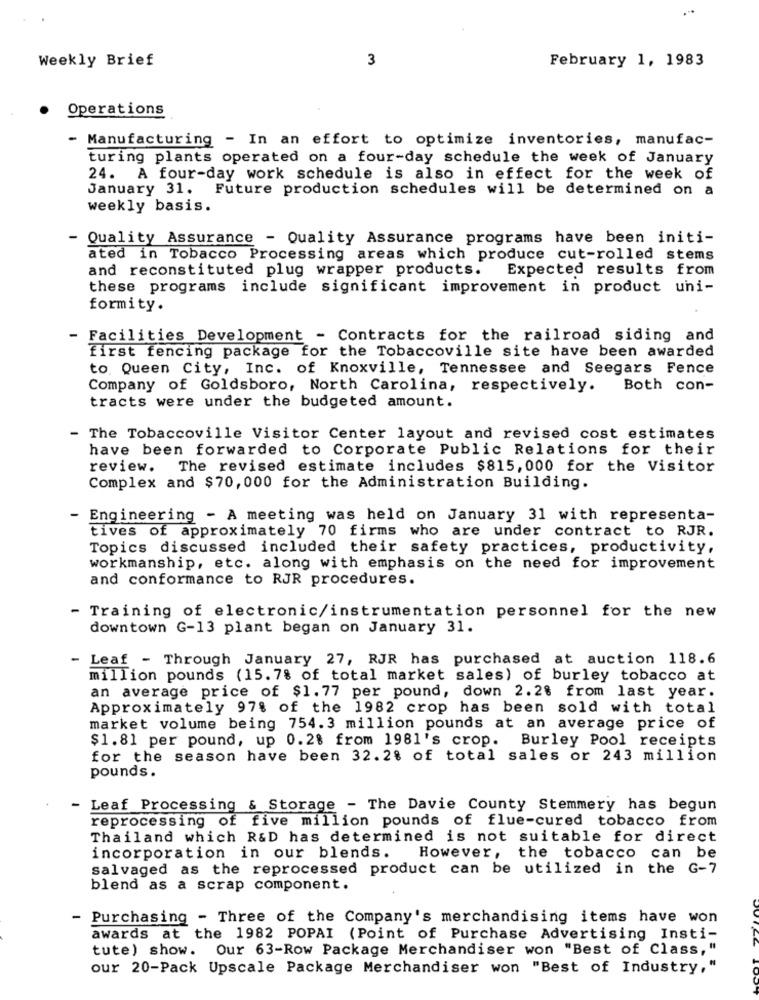
Weekly Brief
3
February 1, 1983
Operations
Manufacturing - In an effort to optimize inventories, manufac-
turing plants operated on a four-day schedule the week of January
24. A four-day work schedule is also in effect for the week of
January 31. Future production schedules will be determined on a
weekly basis.
- Quality Assurance - Quality Assurance programs have been initi-
ated in Tobacco Processing areas which produce cut-rolled stems
and reconstituted plug wrapper products.
Expected results from
these programs include significant improvement in product uni-
formity.
- Facilities Development - Contracts for the railroad siding and
first fencing package for the Tobaccoville site have been awarded
to Queen City, Inc. of Knoxville, Tennessee and Seegars Fence
Company of Goldsboro, North Carolina, respectively.
Both con-
tracts were under the budgeted amount.
- The Tobaccoville Visitor Center layout and revised cost estimates
have been forwarded to Corporate Public Relations for their
review. The revised estimate includes $815, 000 for the Visitor
Complex and $70, 000 for the Administration Building.
- Engineering - A meeting was held on January 31 with representa-
tives of approximately 70 firms who are under contract to RJR.
Topics discussed included their safety practices, productivity,
workmanship, etc. along with emphasis on the need for improvement
and conformance to RJR procedures.
- Training of electronic/instrumentation personnel for the new
downtown G-13 plant began on January 31.
- Leaf - Through January 27, RJR has purchased at auction 118.6
million pounds (15. 7% of total market sales) of burley tobacco at
an average price of $1.77 per pound, down 2.2% from last year.
Approximately 97% of the 1982 crop has been sold with total
market volume being 754.3 million pounds at an average price of
$1.81 per pound, up 0.28 from 1981's crop. Burley Pool receipts
for the season have been 32.2% of total sales or 243 million
pounds.
- Leaf Processing & Storage - The Davie County Stemmery has begun
reprocessing of five million pounds of flue-cured tobacco from
Thailand which R&D has determined is not suitable for direct
incorporation in our blends. However, the tobacco can be
salvaged as the reprocessed product can be utilized in the G-7
blend as a scrap component.
- Purchasing - Three of the Company's merchandising items have won
awards at the 1982 POPAI (Point of Purchase Advertising Insti-
tute) show. Our 63-Row Package Merchandiser won "Best of Class,"
our 20-Pack Upscale Package Merchandiser won "Best of Industry,"